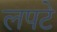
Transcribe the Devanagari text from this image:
लपटे